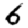
Digit: 6